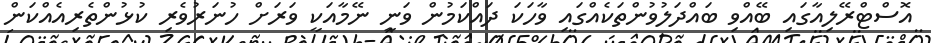
އޮސްޓްރޭލިއާގައި ބޭއްވި ބައްދަލުވުންތަކެއްގައި ވާހަކަ ދައްކަމުން ވަނީ ނޭމާއަކީ ވަރަށް ހުނަރުވެރި ކުޅުންތެރިއެއްކަން